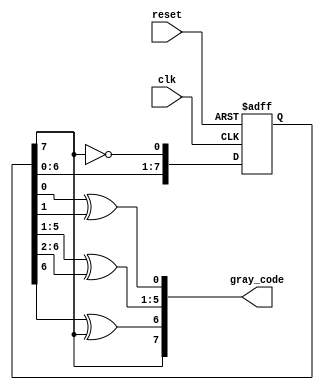
module johnson_gray_counter (
    input wire clk,
    input wire reset,
    output reg [7:0] gray_code
);

reg [7:0] johnson_code;

always @(posedge clk or posedge reset) begin
    if (reset) begin
        johnson_code <= 8'b00000001;
    end else begin
        johnson_code <= {johnson_code[6:0], ~johnson_code[7]};
    end
end

assign gray_code = {johnson_code[7], johnson_code[6] ^ johnson_code[7], johnson_code[5:1] ^ johnson_code[6:2], johnson_code[0] ^ johnson_code[1]};


endmodule